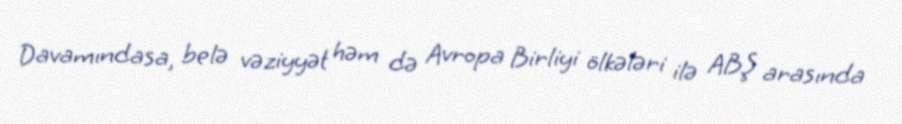
Davamındasa, belə vəziyyət həm də Avropa Birliyi ölkələri ilə ABŞ arasında